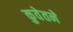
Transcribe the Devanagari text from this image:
कुवेतने